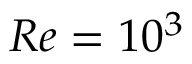
R e = 1 0 ^ { 3 }